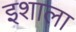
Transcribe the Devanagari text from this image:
इशाला